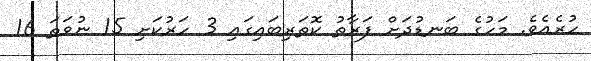
ހުރެއެވެ. މަހުގެ ބަނޑުދަށް ފަރާތު ކޮތަރިބައިގައި 3 ހަރުކަށި 15 ނުވަތަ 16